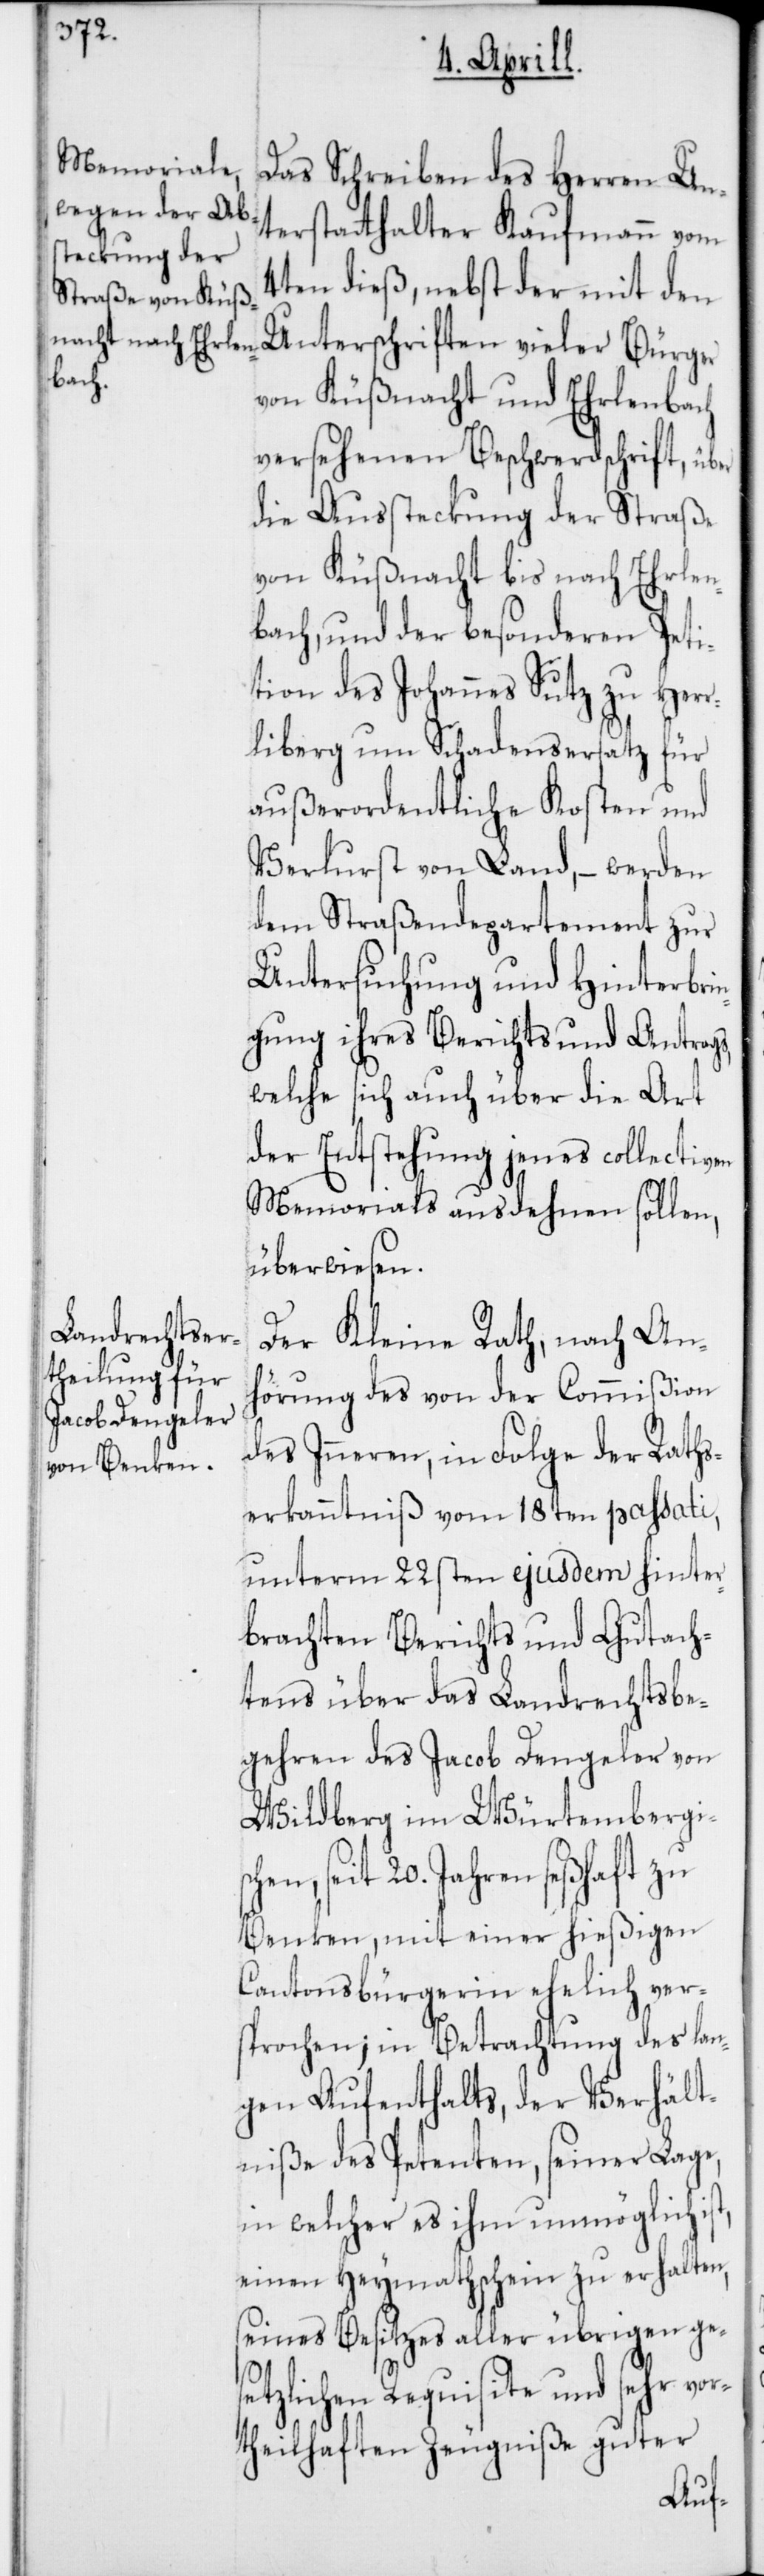
Das Schreiben des Herren Un¬
terstatthalter Kaufmann vom
4ten dieß, nebst der mit den
Unterschriften vieler Bürger
von Küßnacht und Erlenbach
versehenen Beschwerdschrift, über
die Aussteckung der Straße
von Küßnacht bis nach Erlen¬
bach und der besonderen Peti¬
tion des Johannes Sutz zu Herr¬
liberg um Schadensersatz für
außerordentliche Kosten und
Verlust von Land, – werden
dem Straßendepartement zur
Untersuchung und Hinterbrin¬
gung ihres Berichts und Antrags,
welche sich auch über die Art
der Entstehung jenes collectiven
Memorials ausdehnen sollen,
überwiesen.
Der Kleine Rath, nach An¬
hörung des von der Commißion
des Inneren, in Folge der Raths¬
erkanntnuß vom 18ten passati,
unterm 22sten ejusdem hinter¬
brachten Berichts und Gutach¬
tens über das Landrechtsbe¬
gehren des Jacob Dengeler von
Wildberg im Würtembergi¬
en, seit 20. Jahren seßhaft zu
Benken, mit einer hießigen
Cantonsbürgerin ehelich ver¬
sprochen; in Betrachtung des lan¬
gen Aufenthalts, der Verhält¬
niße des Petenten, seiner Lage,
in welcher es ihm unmöglich
einen Heymathschein zu erhalten,
seines Besitzes aller übrigen ges¬
etzlichen Requisite und sehr vor¬
theilhaften Zeugniße guter
sch¬